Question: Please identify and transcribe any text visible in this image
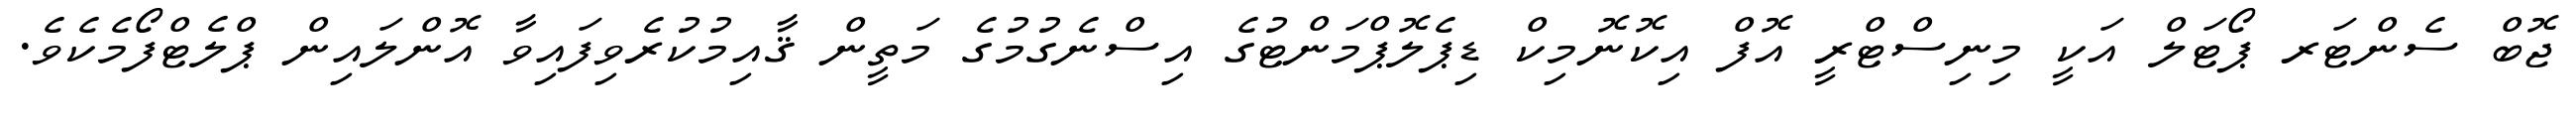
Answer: ޖޮބް ސެންޓަރ ޕޯޓަލް އަކީ މިނިސްޓްރީ އޮފް އިކޮނޮމިކް ޑިޕެލޮޕްމަންޓުގެ އިސްނެގުމުގެ މަތީން ޤާއިމުކުރެވިފައިވާ އޮންލައިން ޕްލެޓްފޯމެކެވެ.